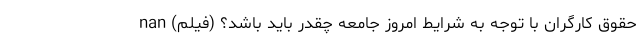
حقوق کارگران با توجه به شرایط امروز جامعه چقدر باید باشد؟ (فیلم) nan